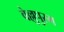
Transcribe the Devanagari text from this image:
वेल्लुपुरम